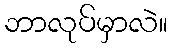
ဘာလုပ်မှာလဲ။